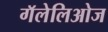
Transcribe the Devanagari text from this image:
गॅलेलिओज